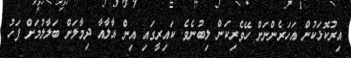
އިރުކޮޅަކުން އަހަރެންނަށް ހޭވެރިކަން ލިބުނެވެ. ކައިރީގައި އިން އާލާއާ ދިމާލަށް ބަލާލުމަށް ފަހު